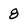
Character: 8